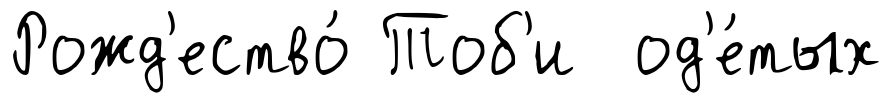
Рожд'ество́ Тоб'и од'е́тых